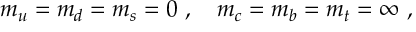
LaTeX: m _ { u } = m _ { d } = m _ { s } = 0 ~ , \quad m _ { c } = m _ { b } = m _ { t } = \infty ~ ,